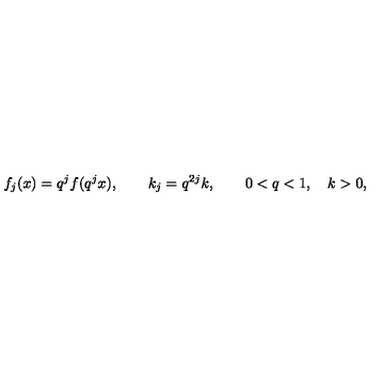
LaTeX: f _ { j } ( x ) = q ^ { j } f ( q ^ { j } x ) , \qquad k _ { j } = q ^ { 2 j } k , \qquad 0 < q < 1 , \quad k > 0 ,